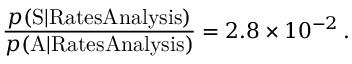
\frac { p ( \mathrm { S } | \mathrm { R a t e s A n a l y s i s } ) } { p ( \mathrm { A } | \mathrm { R a t e s A n a l y s i s } ) } = 2 . 8 \times 1 0 ^ { - 2 } \, .